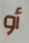
أو